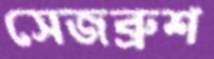
সেজব্রুশ